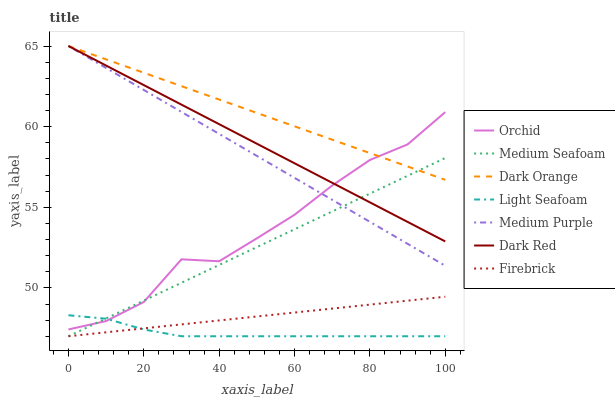
| xaxis_label | Orchid | Medium Seafoam | Dark Orange | Light Seafoam | Medium Purple | Dark Red | Firebrick |
 | --- | --- | --- | --- | --- | --- | --- | --- |
 | 0 | 47.4 | 47 | 65 | 48.3 | 65 | 65 | 47 |
 | 10 | 47.9 | 48.1 | 64.2 | 48.1 | 63.6 | 63.8 | 47.2 |
 | 20 | 49.1 | 49.2 | 63.3 | 47.4 | 62.3 | 62.6 | 47.5 |
 | 30 | 51.8 | 50.3 | 62.5 | 47 | 60.9 | 61.4 | 47.7 |
 | 40 | 51.7 | 51.4 | 61.7 | 47 | 59.5 | 60.2 | 48 |
 | 50 | 53.1 | 52.5 | 60.9 | 47 | 58.2 | 58.9 | 48.2 |
 | 60 | 54.5 | 53.6 | 60 | 47 | 56.8 | 57.7 | 48.5 |
 | 70 | 56.3 | 54.7 | 59.2 | 47 | 55.5 | 56.5 | 48.7 |
 | 80 | 57.9 | 55.8 | 58.4 | 47 | 54.1 | 55.3 | 49 |
 | 90 | 58.9 | 57 | 57.5 | 47 | 52.7 | 54.1 | 49.2 |
 | 100 | 60.9 | 58.1 | 56.7 | 47 | 51.4 | 52.9 | 49.5 |